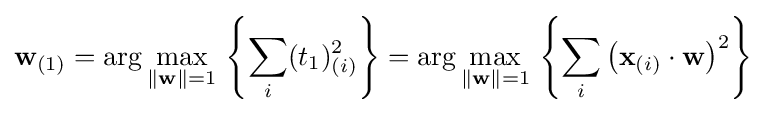
\mathbf {w} _{(1)}=\arg \max _{\Vert \mathbf {w} \Vert =1}\,\left\{\sum _{i}(t_{1})_{(i)}^{2}\right\}=\arg \max _{\Vert \mathbf {w} \Vert =1}\,\left\{\sum _{i}\left(\mathbf {x} _{(i)}\cdot \mathbf {w} \right)^{2}\right\}